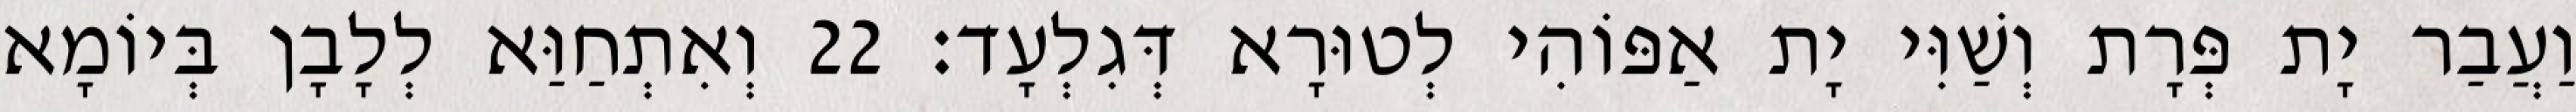
וַעֲבַר יָת פְּרָת וְשַׁוִּי יָת אַפּוֹהִי לְטוּרָא דְּגִלְעָד׃ 22 וְאִתְחַוַּא לְלָבָן בְּיוֹמָא